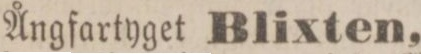
Ångfartyget Blixten,